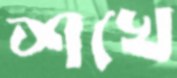
শখে